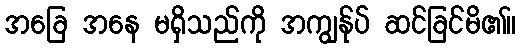
အခြေ အနေ မရှိသည်ကို အကျွန်ုပ် ဆင်ခြင်မိ၏။